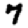
Digit: 7